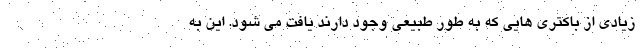
زیادی از باکتری هایی که به طور طبیعی وجود دارند یافت می شود. این به